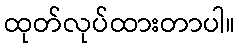
ထုတ်လုပ်ထားတာပါ။